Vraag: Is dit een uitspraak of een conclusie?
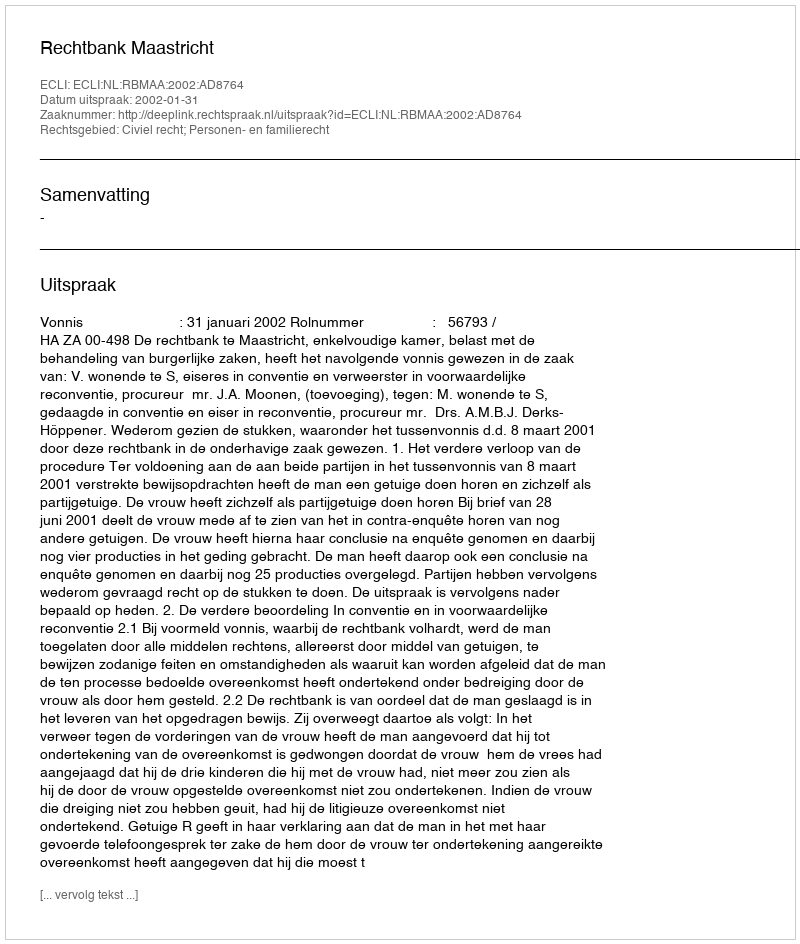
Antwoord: Uitspraak